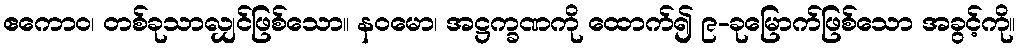
ဧကောဝ၊ တစ်ခုသာလျှင်ဖြစ်သော။ နဝမော၊ အဋ္ဌက္ခဏကို ထောက်၍ ၉-ခုမြောက်ဖြစ်သော အခွင့်ကို။